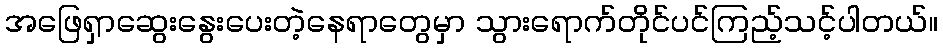
အဖြေရှာဆွေးနွေးပေးတဲ့နေရာတွေမှာ သွားရောက်တိုင်ပင်ကြည့်သင့်ပါတယ်။